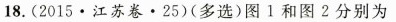
18.(2015·江苏卷·25)(多选)图1和图2分别为